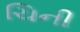
ચિની